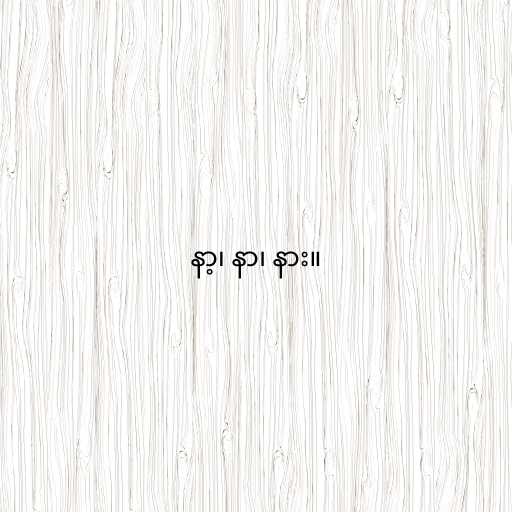
နာ့၊ နာ၊ နား။